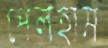
পেলহাম